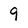
Character: 9